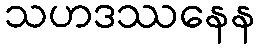
သဟဒဿနေန